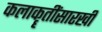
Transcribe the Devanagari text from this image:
कलाकॄतींसारखी